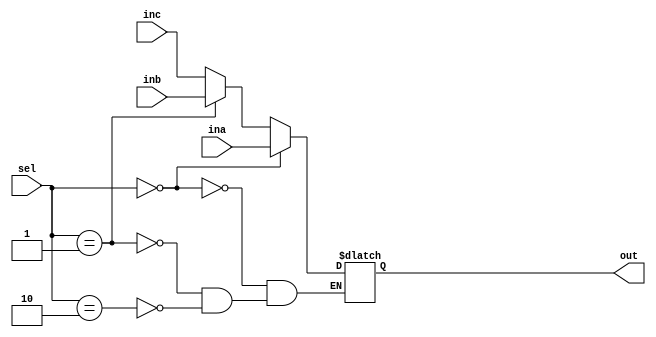
module mux3_1(input [31:0] ina, inb, inc,
              input [1:0] sel,
              output reg [31:0] out);
              
always@(*) begin
    if(sel == 2'b00) begin
        out <= ina;
    end
    else if(sel == 2'b01) begin
        out <= inb;
    end
    else if(sel == 2'b10) begin
        out <= inc;
    end
end
              
endmodule